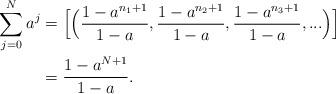
LaTeX: \begin{align*}\sum_{j=0}^{N} a^j &=\Big[\Big(\frac{1- a^{n_1+1}}{1-a}, \frac{1- a^{n_2+1}}{1-a}, \frac{1- a^{n_3+1}}{1-a}, ...\Big)\Big]\\&= \frac{1- a^{N+1}}{1-a}.\end{align*}